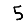
Digit: 5